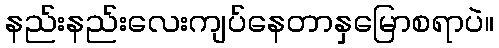
နည်းနည်းလေးကျပ်နေတာနှမြောစရာပဲ။